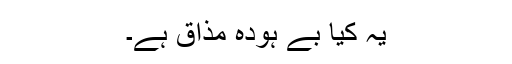
یہ کیا بے ہودہ مذاق ہے۔